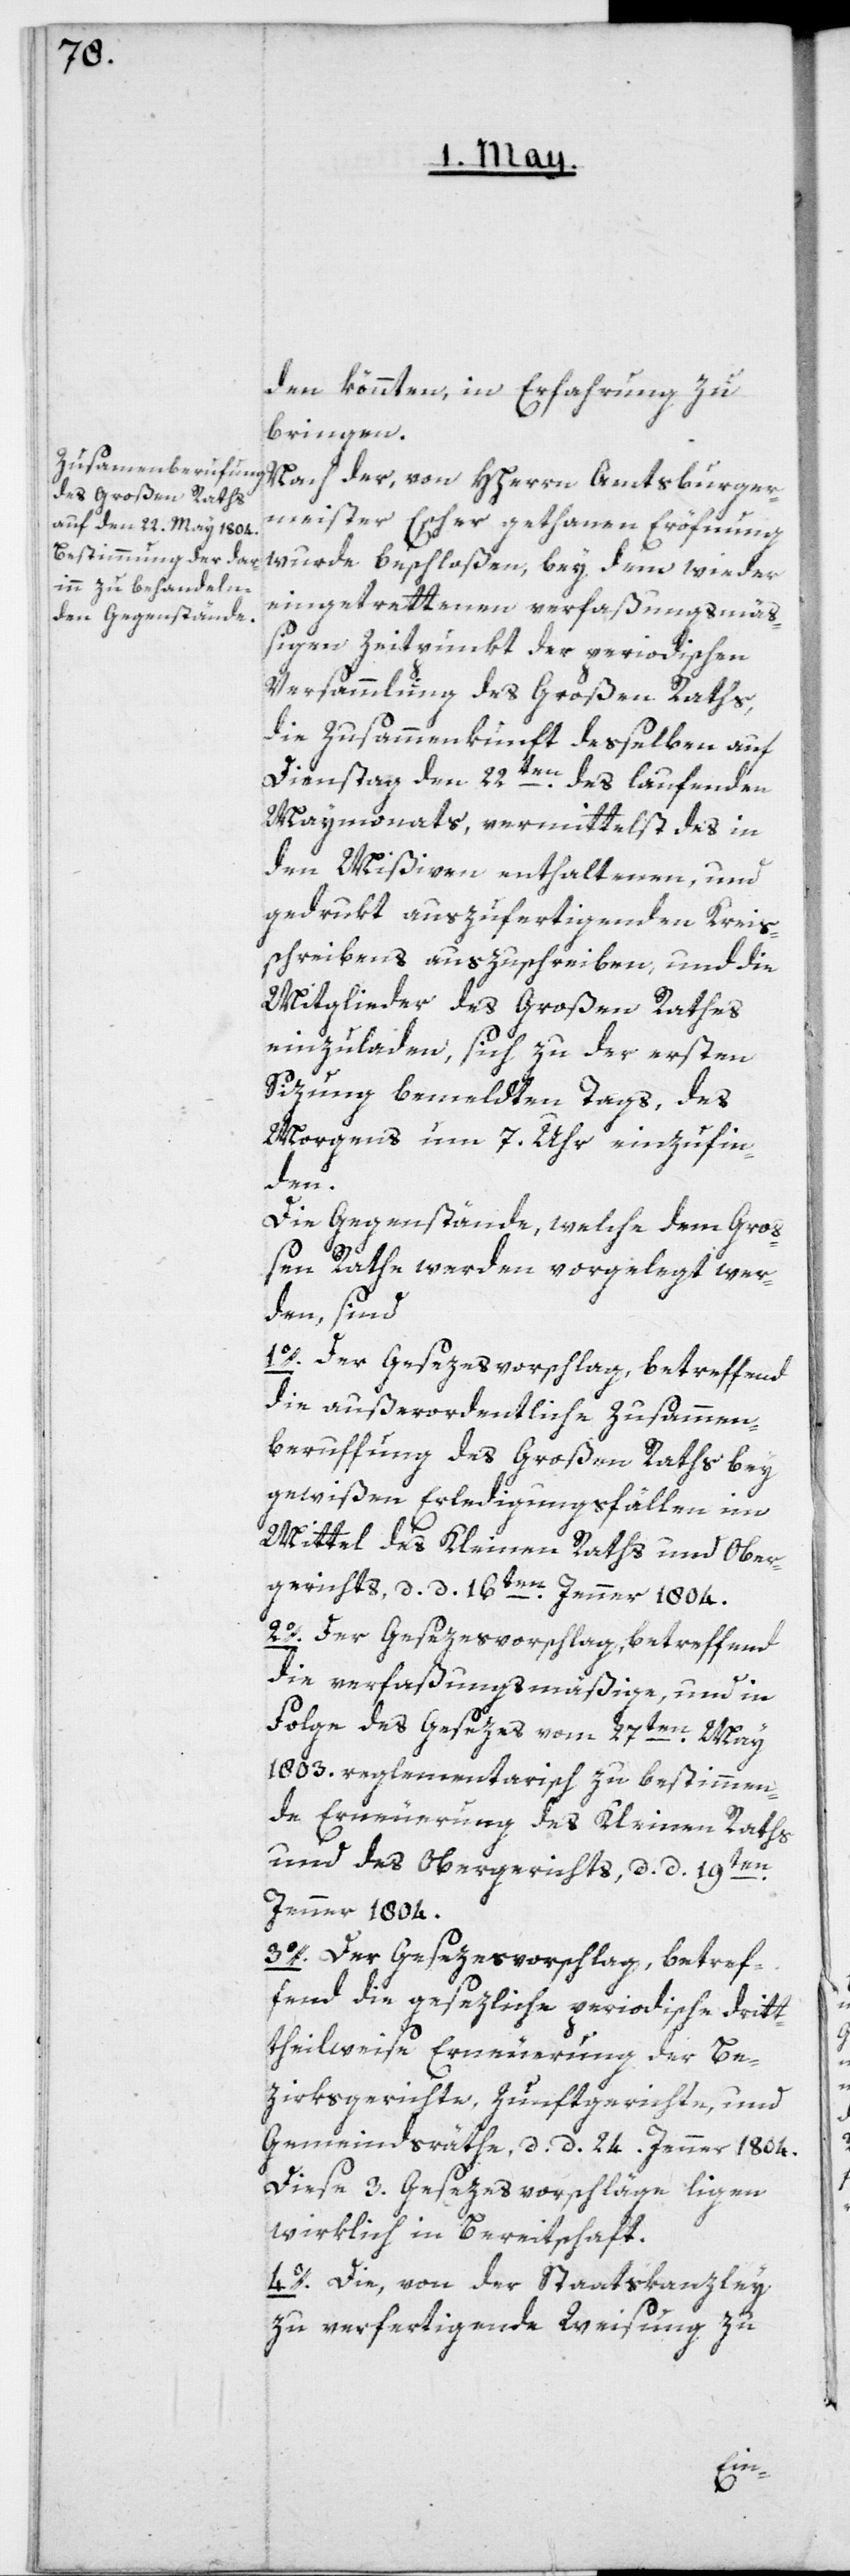
den könnten, in Erfahrung zu
bringen.
Nach der, von HHerrn Amtsburger¬
meister Escher gethanen Eröfnung
wurde beschloßen, bey dem wieder
eingetrettenen verfaßungsmäß¬
igen Zeitpunkt der periodischen
Versammlung des Großen Raths,
die Zusammenkunft deßelben auf
Dienstag den 22ten des laufenden
Maymonats, vermittelst des in
den Mißiven enthaltenen, und
gedrukt auszufertigenden Kreis¬
schreibens auszuschreiben, und die
Mitglieder des Großen Rathes
einzuladen, sich zu der ersten
Sizung bemeldten Tags, des
Morgens um 7. Uhr einzufin¬
den.
Die Gegenstände, welche dem Gro¬
ßen Rathe werden vorgelegt wer¬
den, sind
1o. Der Gesezesvorschlag, betreffend
die außerordentliche Zusammen¬
berufung des Großen Raths bey
gewißen Erledigungsfällen im
Mittel des Kleinen Raths und Ober¬
gerichts, d. d. 16ten Jenner 1804.
20. Der Gesezesvorschlag betreffend
die verfaßungsmäßige, und in
Folge des Gesezes vom 27ten May
1803. reglementarisch zu bestimmen¬
de Erneuerung des Kleinen Raths
und des Obergerichts, d. d. 19ten
Jenner 1804.
3o. Der Gesezesvorschlag, betref¬
fend die gesezliche periodische drit¬
theilweise Erneuerung der Be¬
zirksgerichte, Zunftgerichte, und
Gemeindsräthe, d. d. 24ten Jenner 1804.
Diese 3. Gesezesvorschläge ligen
wirklich in Bereitschaft.
4o. Die von der Staatskanzley
zu verfertigende Weisung zu